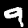
Label: 9